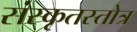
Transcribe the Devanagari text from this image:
संस्कृतस्तोत्र